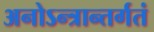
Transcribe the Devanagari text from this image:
अनोऽन्त्रान्तर्गतं